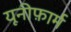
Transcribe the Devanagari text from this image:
यूनीफ़ार्म